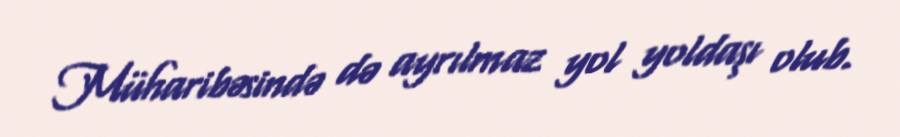
Müharibəsində də ayrılmaz yol yoldaşı olub.